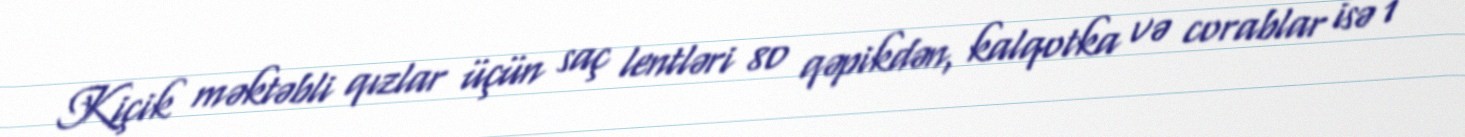
Kiçik məktəbli qızlar üçün saç lentləri 80 qəpikdən, kalqotka və corablar isə 1